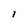
Character: l